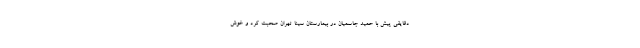
دقایقی پیش با حمید جاسمیان در بیمارستان سینا تهران صحبت کرد و خوش